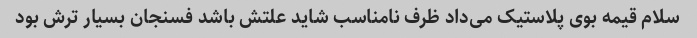
سلام قیمه بوی پلاستیک می‌داد ظرف نامناسب شاید علتش باشد فسنجان بسیار ترش بود